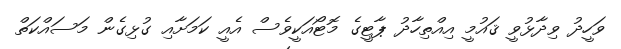
ވަހީދު ވިދާޅުވީ ޤައުމީ އިއްތިހާދު ޕާޓީގެ މޮޓޯއަކީވެސް އެއީ ކަމަށާއި ގުޅިގެން މަސައްކަތް